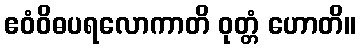
ဧဝံဝိဓပရလောကာတိ ဝုတ္တံ ဟောတိ။